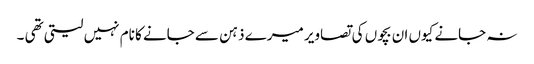
نہ جانے کیوں ان بچوں کی تصاویر میرے ذہن سے جانے کا نام نہیں لیتی تھی ۔